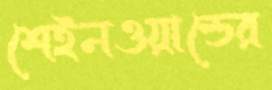
শেইনওয়াল্ডের